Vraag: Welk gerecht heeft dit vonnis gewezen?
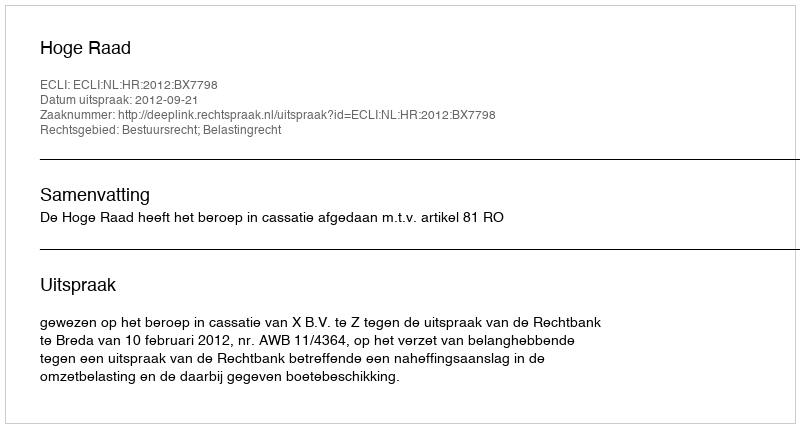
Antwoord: Hoge Raad